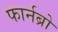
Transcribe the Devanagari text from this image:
फार्नब्रो